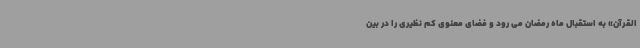
القرآن» به استقبال ماه رمضان می رود و فضای معنوی کم نظیری را در بین